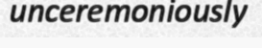
unceremoniously